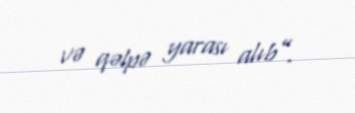
və qəlpə yarası alıb”.